Mental hospitals Bombay report 1921-28 - 1921-1928
Year: 1921
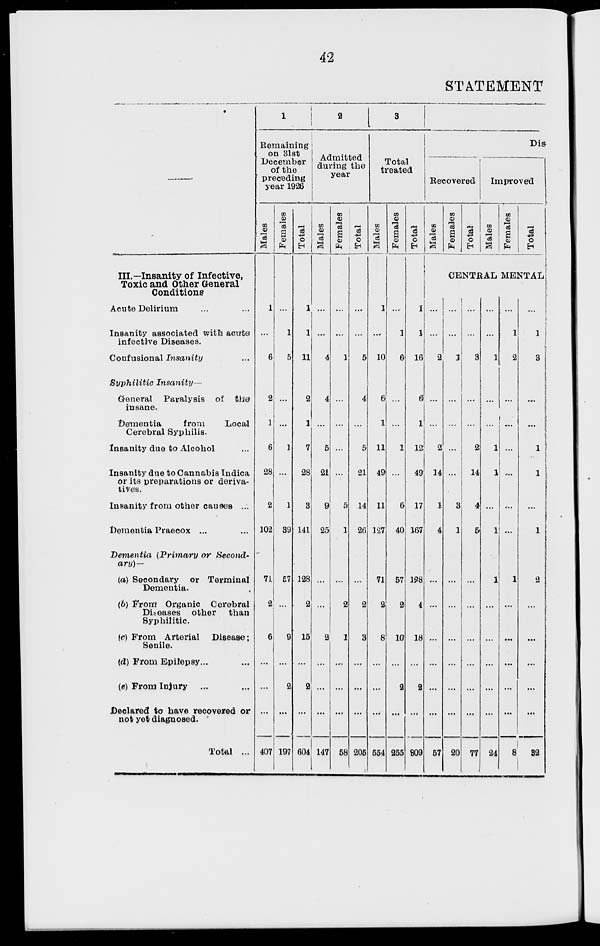
42
STATEMENT
—
III.—Insanity of Infective,
Toxic and Other General
Conditions
Acute Delirium ... ...
Insanity associated with acute
infective Diseases.
Confusional Insanity ...
Syphilitic
Insanity—
General Paralysis of
the
insane.
Dementia
from
Local
Cerebral Syphilis.
Insanity due to Alcohol ...
Insanity due to Cannabis Indica
or its preparations or deriva-
tives.
Insanity from other causes ...
Dementia Praecox ... ...
Dementia (Primary or Second-
ary)—
(a) Secondary or Terminal
Dementia.
(b) From Organic Cerebral
Diseases other
than
Syphilitic.
(c) From Arterial
Disease;
Senile.
(d) From Epilepsy ... ...
(e) From Injury ... ...
Declared to have recovered or
not yet diagnosed.
Total ...
1
Remaining
on 31st
December
of the
preceding
year 1926
Males
1
...
6
2
1
6
28
2
102
71
2
6
...
...
...
407
Females
...
1
5
...
...
1
...
1
39
57
...
9
...
2
...
197
Total
1
1
11
2
1
7
28
3
141
128
2
15
...
2
...
604
2
Admitted
during the
year
Males
...
...
4
4
...
5
21
9
25
...
...
2
...
...
...
147
Females
...
...
1
...
...
...
...
5
1
...
2
1
...
...
...
58
Total
...
...
5
4
...
5
21
14
26
...
2
3
...
...
...
205
3
Total
treated
Males
1
...
10
6
1
11
49
11
127
71
2
8
...
...
...
554
Females
...
1
6
...
...
1
...
6
40
57
2
10
...
2
...
255
Total
1
1
16
6
1
12
49
17
167
128
4
18
...
2
...
809
Dis
Recovered
Males
Females
Total
Improved
Males
Females
Total
CENTRAL MENTAL
...
...
2
...
...
2
14
1
4
...
...
...
...
...
...
57
...
...
3
...
...
...
...
3
1
...
...
...
...
...
...
20
...
...
3
...
...
2
14
4
5
...
...
...
...
...
77
...
...
1
...
...
1
1
...
1
1
...
...
...
...
...
24
...
1
2
...
...
...
...
...
...
1
...
...
...
...
...
8
...
1
3
...
...
1
1
...
1
2
...
...
...
...
...
32